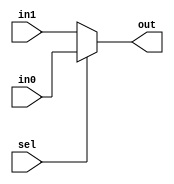
`timescale 1ns/1ns
module Mux2_1 ( in1, in0, sel, out);

output out;
input in1, in0, sel;
wire out;

assign out = sel ? in0:in1;

endmodule